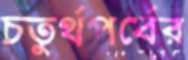
চতুর্থপর্বের